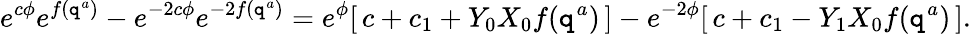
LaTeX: e^{c\phi}e^{f(\mathtt{q}^{a})}-e^{-2c\phi}e^{-2f(\mathtt{q}^{a})}=e^{\phi}[\, c+c_{1}+Y_{0}X_{0}f(\mathtt{q}^{a})\, ]-e^{-2\phi}[\, c+c_{1}-Y_{1}X_{0}f(\mathtt{q}^{a})\, ].